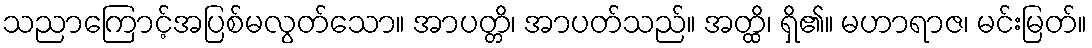
သညာကြောင့်အပြစ်မလွတ်သော။ အာပတ္တိ၊ အာပတ်သည်။ အတ္ထိ၊ ရှိ၏။ မဟာရာဇ၊ မင်းမြတ်။